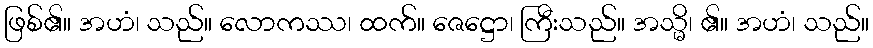
ဖြစ်၏။ အဟံ၊ သည်။ လောကဿ၊ ထက်။ ဇေဋ္ဌော၊ ကြီးသည်။ အသ္မိ၊ ၏။ အဟံ၊ သည်။